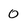
Character: 0